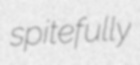
spitefully